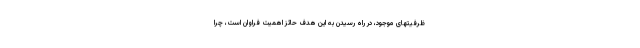
ظرفیتهای موجود، در راه رسیدن به این هدف حائز اهمیت فراوان است، چرا